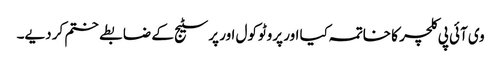
وی آئی پی کلچر کا خاتمہ کیا اور پروٹوکول اور پرسٹیج کے ضابطے ختم کر دیے۔